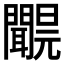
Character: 𨷝